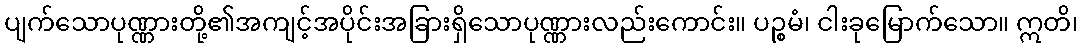
ပျက်သောပုဏ္ဏားတို့၏အကျင့်အပိုင်းအခြားရှိသောပုဏ္ဏားလည်းကောင်း။ ပဉ္စမံ၊ ငါးခုမြောက်သော။ ဣတိ၊